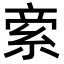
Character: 𥿿